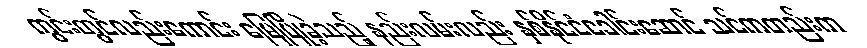
ကွင်းတွင်လည်းကောင်း မြေပြိုခဲ့သည့် နည်းလမ်းလည်း နှစ်နိုင်ငံခေါင်းဆောင် သင်ကတည်းက